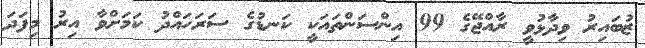
ޒުބައިރު ވިދާޅުވީ ރާއްޖޭގެ 99 އިންސަންތައަކީ ކަނޑުގެ ސަރަހައްދު ކަމަށްވާ އިރު މިފަދަ